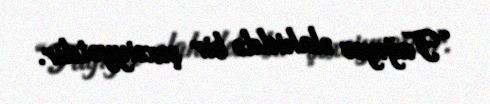
“Tağıyev əlahiddə bir şəxsiyyətdir.